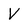
Character: V